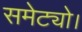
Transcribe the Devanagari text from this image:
समेट्यो।